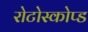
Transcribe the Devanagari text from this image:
रोटोस्कोप्ड